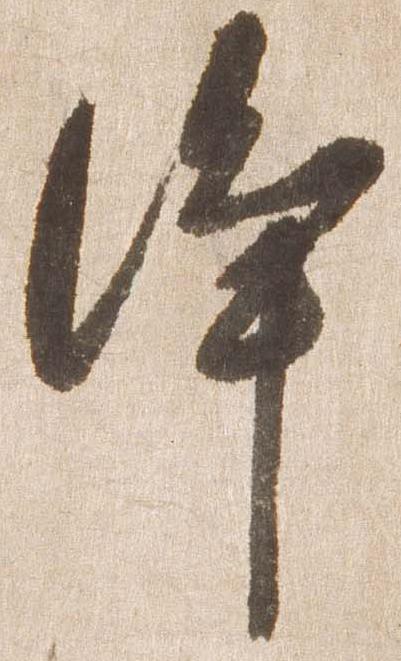
浄